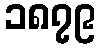
၁၈၇၉